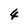
Character: 4